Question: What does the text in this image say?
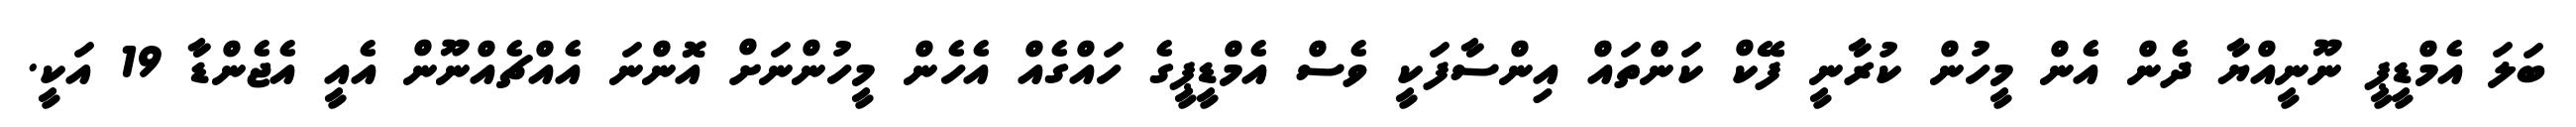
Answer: ބަލަ އެމްޑީޕީ ނޫނީއްޔާ ދެން އެން މީހުން ކުރާނީ ފޭކް ކަންތައް އިންސާފަކީ ވެސް އެމްޑީޕީގެ ހައްގެއް އެހެން މީހުންނަށް އޮންނަ އެއްޗެއްނޫން އެއީ އެޖެންޑާ 19 އަކީ.